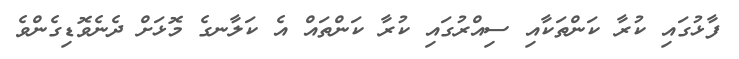
ފާޅުގައި ކުރާ ކަންތަކާއި ސިއްރުގައި ކުރާ ކަންތައް އެ ކަލާނގެ މޮޅަށް ދެނެވޮޑިގެންވެ